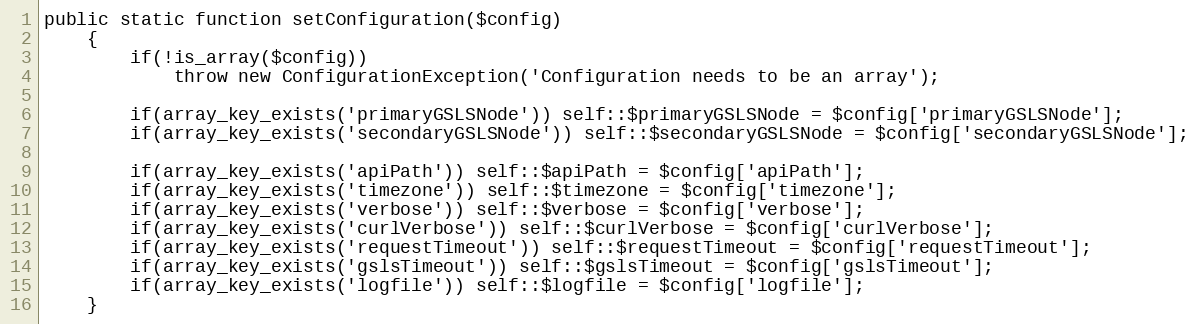
Language: PHP
public static function setConfiguration($config)
	{
		if(!is_array($config))
			throw new ConfigurationException('Configuration needs to be an array');

		if(array_key_exists('primaryGSLSNode')) self::$primaryGSLSNode = $config['primaryGSLSNode'];
		if(array_key_exists('secondaryGSLSNode')) self::$secondaryGSLSNode = $config['secondaryGSLSNode'];

		if(array_key_exists('apiPath')) self::$apiPath = $config['apiPath'];
		if(array_key_exists('timezone')) self::$timezone = $config['timezone'];
		if(array_key_exists('verbose')) self::$verbose = $config['verbose'];
		if(array_key_exists('curlVerbose')) self::$curlVerbose = $config['curlVerbose'];
		if(array_key_exists('requestTimeout')) self::$requestTimeout = $config['requestTimeout'];
		if(array_key_exists('gslsTimeout')) self::$gslsTimeout = $config['gslsTimeout'];
		if(array_key_exists('logfile')) self::$logfile = $config['logfile'];
	}